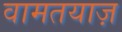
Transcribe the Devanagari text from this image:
वामतयाज़